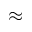
\approx